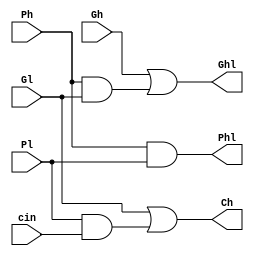
module gp(Gh, Ph, Gl, Pl, cin, Ch, Ghl, Phl);

input Gh, Ph, Gl, Pl, cin;
output Ch, Ghl, Phl;

wire w1, w2;
and and1(w1, Ph, Gl);
or or1(Ghl, Gh, w1);

and and2(w2, Pl, cin);
or or2(Ch, Gl, w2);
and and3(Phl, Ph, Pl);


endmodule